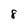
Character: 8